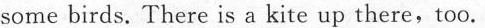
some birds. There is a kite up there,too.